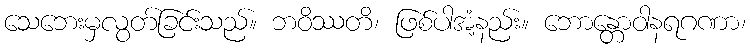
သေဘေးမှလွတ်ခြင်းသည်။ ဘဝိဿတိ၊ ဖြစ်ပါအံ့နည်း။ ဘောန္တောဝါနရဂဏာ၊